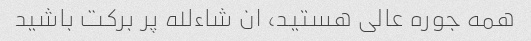
همه جوره عالى هستید، ان شاءلله پر برکت باشید